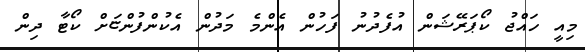
މިއީ ހައްޖު ކޯޕަރޭޝަން އުފެދުނު ފަހުން އެންމެ މަދުން އެކުންފުންޏަށް ކޯޓާ ދިން